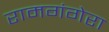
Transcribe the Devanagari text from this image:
रामगंगेरा